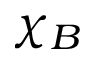
\chi _ { B }